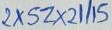
Text: 2XSZX21/15